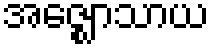
အဇ္ဈောသာယ